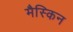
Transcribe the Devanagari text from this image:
मैस्किन